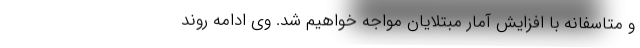
و متاسفانه با افزایش آمار مبتلایان مواجه خواهیم شد. وی ادامه روند